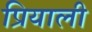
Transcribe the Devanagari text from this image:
प्रियाली